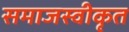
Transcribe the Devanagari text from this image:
समाजस्वीकृत